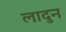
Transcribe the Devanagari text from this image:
लादुन